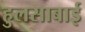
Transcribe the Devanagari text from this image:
हुलसाबाई